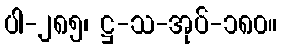
ပါ-၂၈၅၊ ဋ္ဌ-သ-အုပ်-၁၈၀။